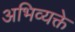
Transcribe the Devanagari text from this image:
अभिव्यक्ते